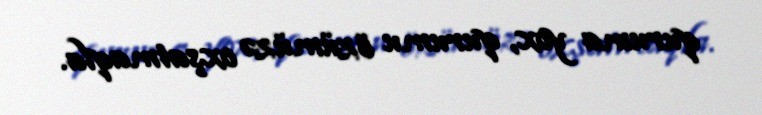
quruma yox, qurumu özümüzə oxşatmaqla.